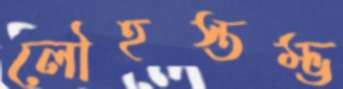
লৌহস্তম্ভ